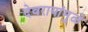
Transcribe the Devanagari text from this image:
देवरायांमुळे